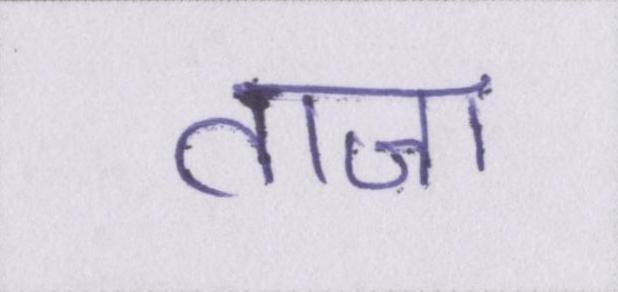
ताजा